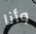
وأنا